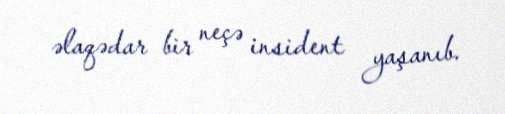
əlaqədar bir neçə insident yaşanıb.